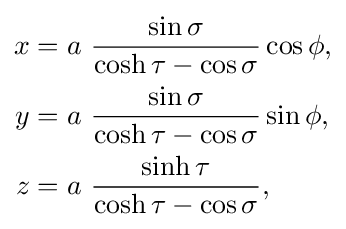
{\begin{aligned}x&=a\ {\frac {\sin \sigma }{\cosh \tau -\cos \sigma }}\cos \phi ,\\y&=a\ {\frac {\sin \sigma }{\cosh \tau -\cos \sigma }}\sin \phi ,\\z&=a\ {\frac {\sinh \tau }{\cosh \tau -\cos \sigma }},\end{aligned}}